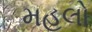
મહલો